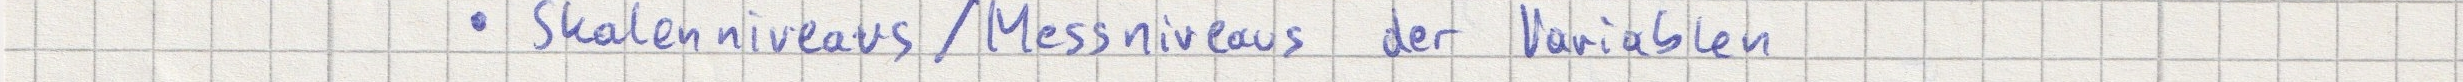
- Skalenniveaus / Messniveaus der Variablen